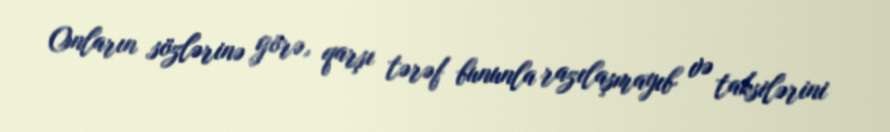
Onların sözlərinə görə, qarşı tərəf bununla razılaşmayıb və taksilərini